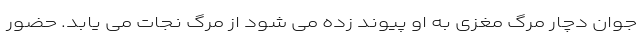
جوان دچار مرگ مغزی به او پیوند زده می شود از مرگ نجات می یابد. حضور